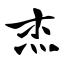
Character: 杰